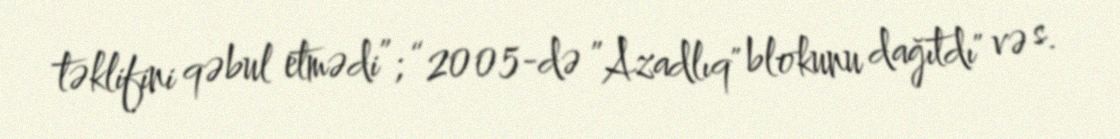
təklifini qəbul etmədi”; “2005-də ”Azadlıq" blokunu dağıtdı" və s.